画像に写った文字を読んでください
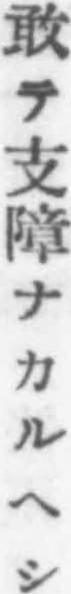
「敢テ支障ナカルヘシ」と書いてあります